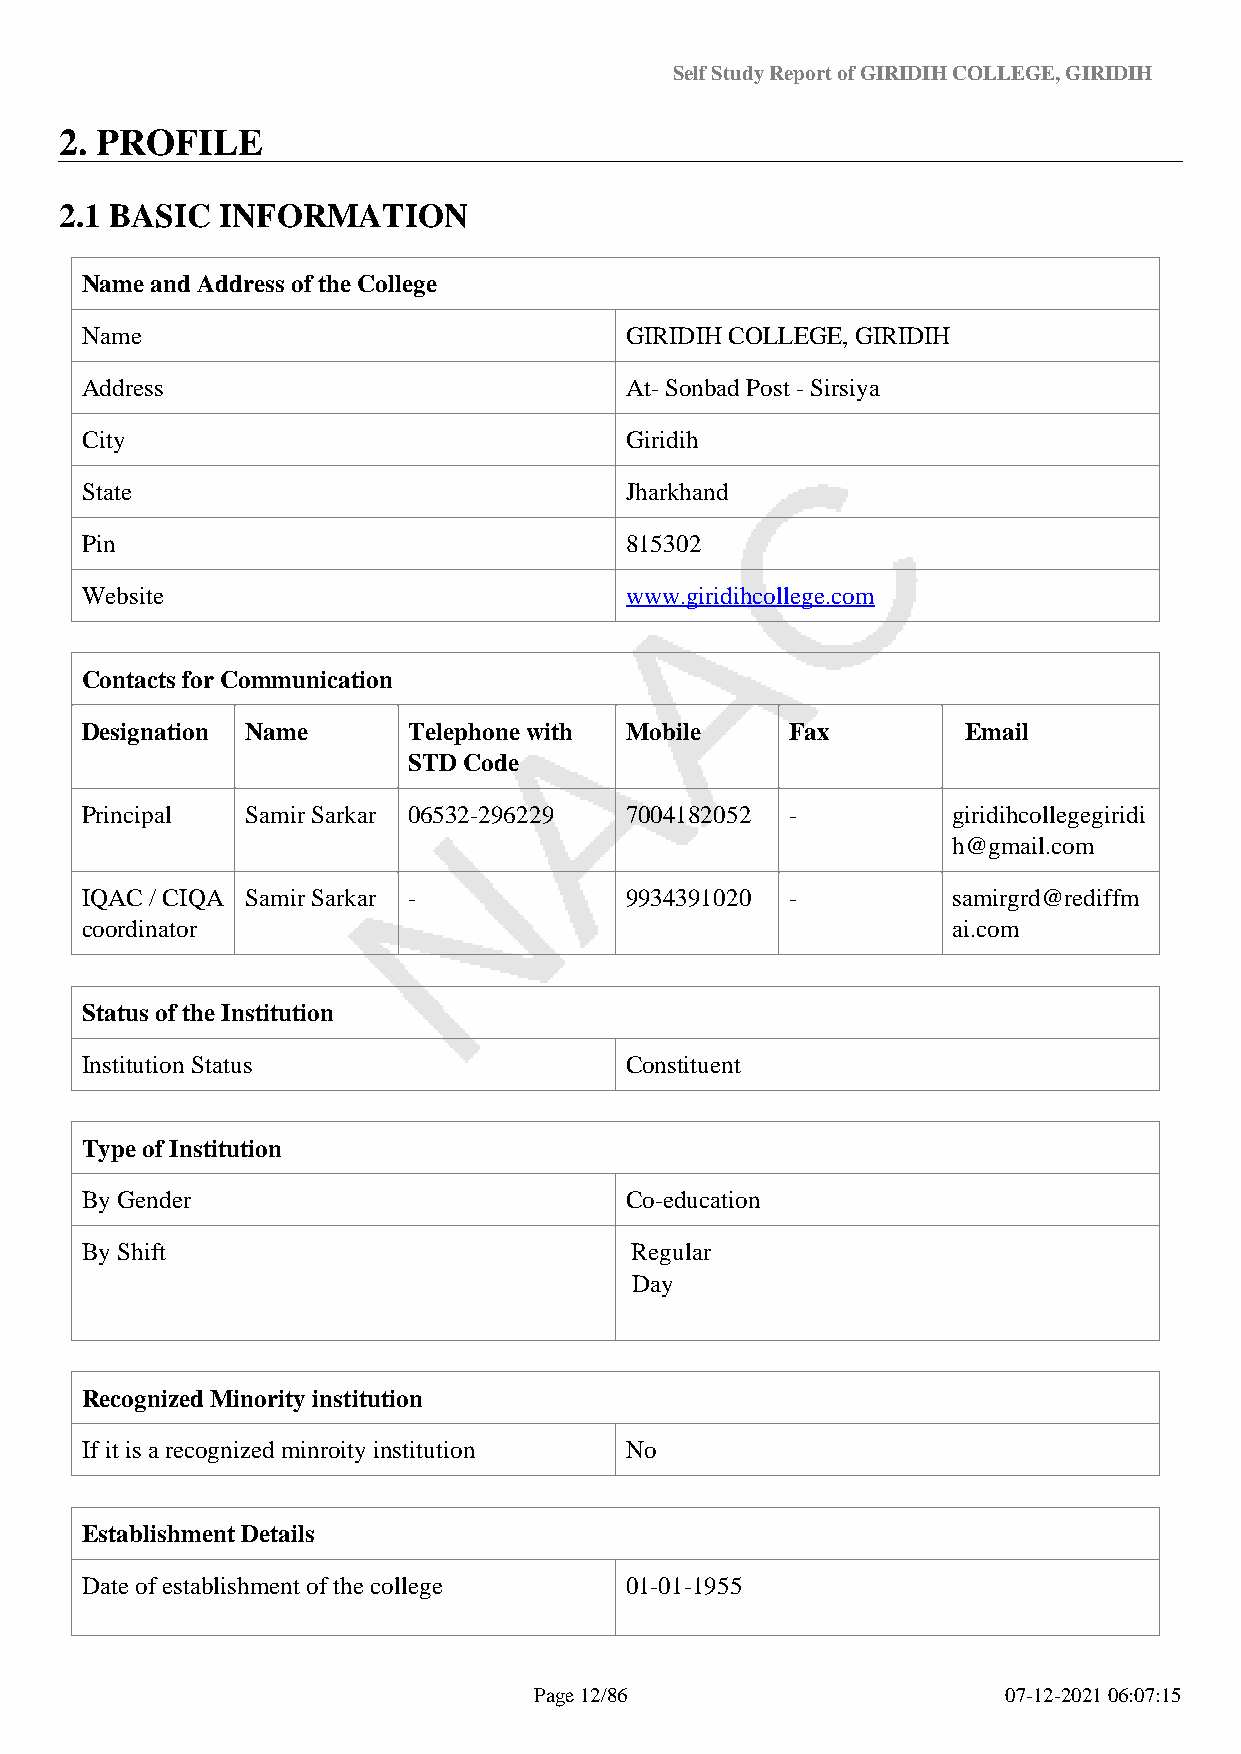
Self Study Report of GIRIDIH COLLEGE, GIRIDIH
 2. PROFILE
 2.1 BASIC  INFORMATION
 Name and Address of the College
 Name                                GIRIDIH COLLEGE, GIRIDIH
 Address                             At- Sonbad Post - Sirsiya
 City                                Giridih
 State                               Jharkhand
 Pin                                 815302
 Website                             www.giridihcollege.com
 Contacts for Communication
 Designation Name      Telephone with Mobile    Fax         Email
 STD Code
 Principal  Samir Sarkar 06532-296229 7004182052 -         giridihcollegegiridi
 h@gmail.com
 IQAC / CIQA Samir Sarkar -          9934391020 -          samirgrd@rediffm
 coordinator                                               ai.com
 Status of the Institution
 Institution Status                  Constituent
 Type of Institution
 By Gender                           Co-education
 By Shift                             Regular
 Day
 Recognized Minority institution
 If it is a recognized minroity institution No
 Establishment Details
 Date of establishment of the college 01-01-1955
 Page 12/86                      07-12-2021 06:07:15